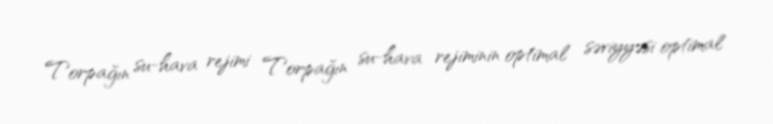
Torpağın su-hava rejimi Torpağın su-hava rejiminin optimal səviyyəsi optimal